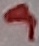
Text: 9